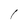
Character: I